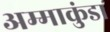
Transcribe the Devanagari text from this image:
अम्माकुंडा